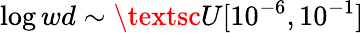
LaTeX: \log{wd}\sim\textsc{U}[10^{-6},10^{-1}]